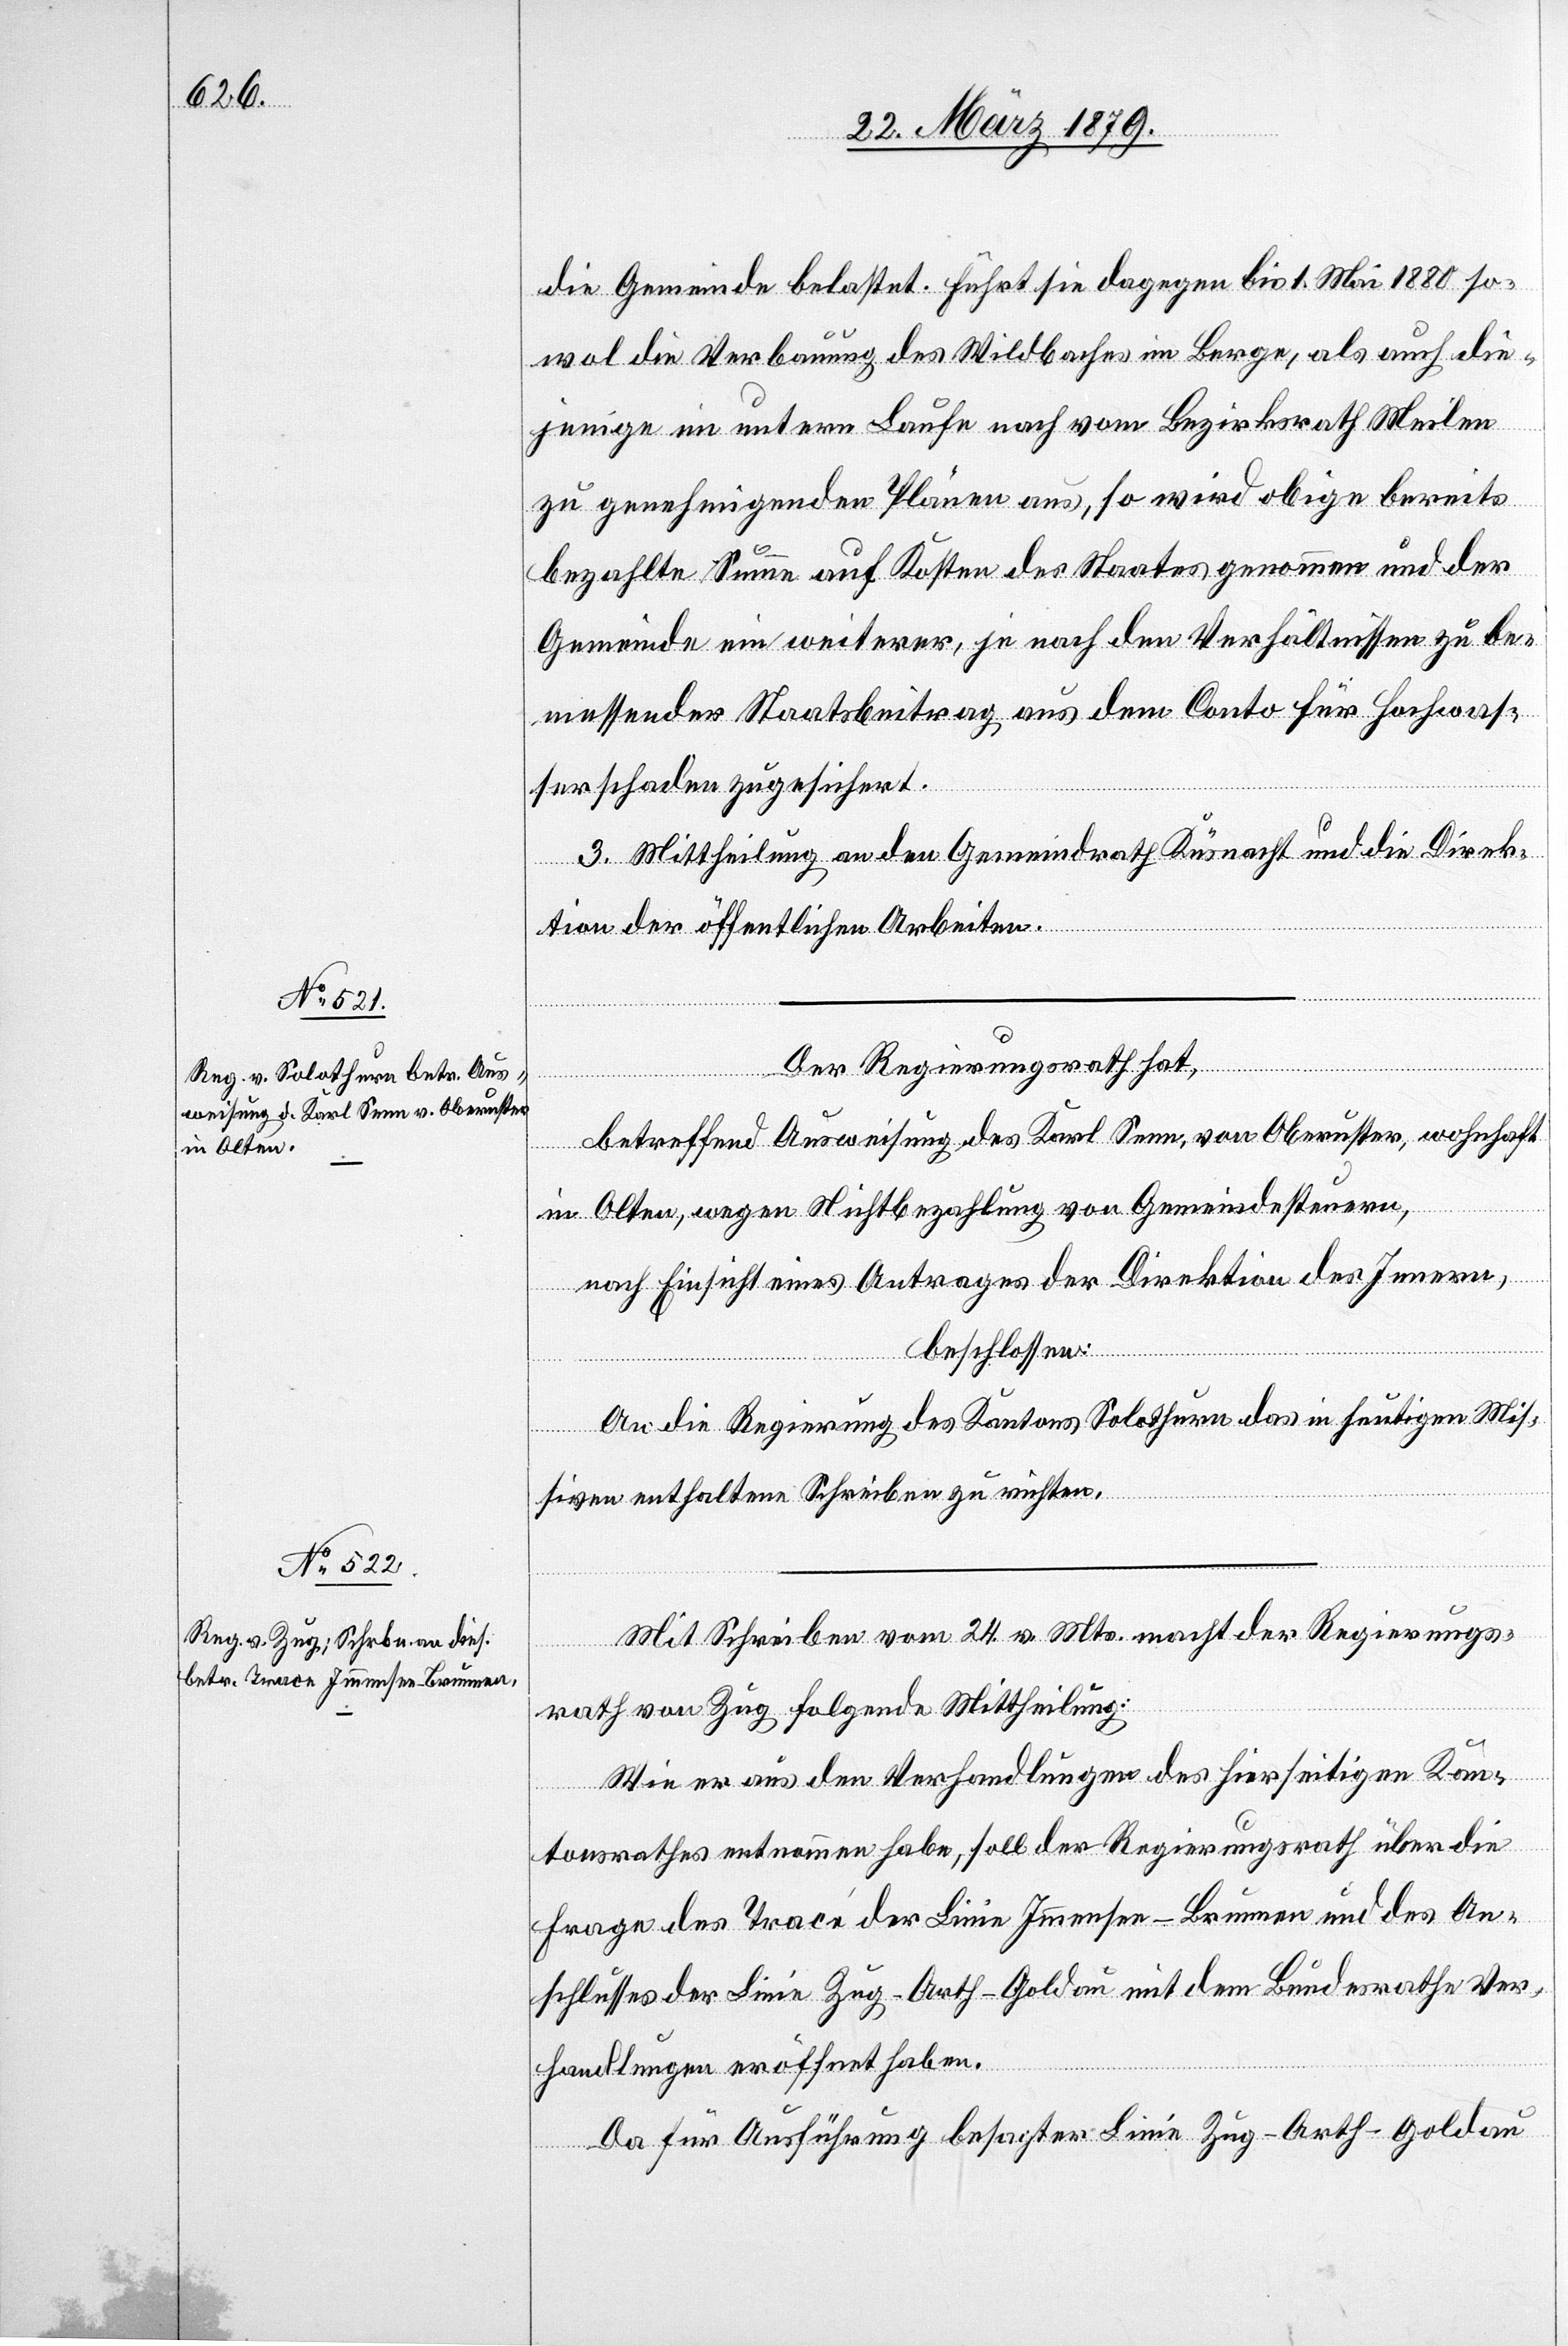
die Gemeinde belastet. Führt sie dagegen bis 1. Mai 1880 so¬
wol die Verbauung des Wildbaches im Berge, als auch die¬
jenige im untern Laufe nach vom Bezirksrath Meilen
zu genehmigenden Plänen aus, so wird obige bereits
bezahlte Summe auf Kosten des Staates genommen und der
Gemeinde ein weiterer, je nach den Verhältnissen zu be¬
messender Staatsbeitrag aus dem Conto für Hochwas¬
serschaden zugesichert.
3. Mittheilung an den Gemeindrath Küsnacht und die Direk¬
tion der öffentlichen Arbeiten.
Der Regierungsrath hat,
betreffend Ausweisung des Karl Senn, von Oberuster, wohnhaft
in Olten, wegen Nichtbezahlung von Gemeindesteuern,
nach Einsicht eines Antrages der Direktion des Innern,
beschlossen:
An die Regierung des Kantons Solothurn das in heutigen Mis¬
siven enthaltene Schreiben zu richten.
Mit Schreiben vom 24. v. Mts. macht der Regierungs¬
rath von Zug folgende Mittheilung:
Wie er aus den Verhandlungen des hierseitigen Kan¬
tonsrathes entnommen habe, soll der Regierungsrath über die
Frage des Tracé der Linie Immensee–Brunnen und des An¬
schlusses der Linie Zug–Arth–Goldau mit dem Bundesrathe Ver¬
handlungen eröffnet haben.
Da für Ausführung besagter Linie Zug–Arth–Goldau